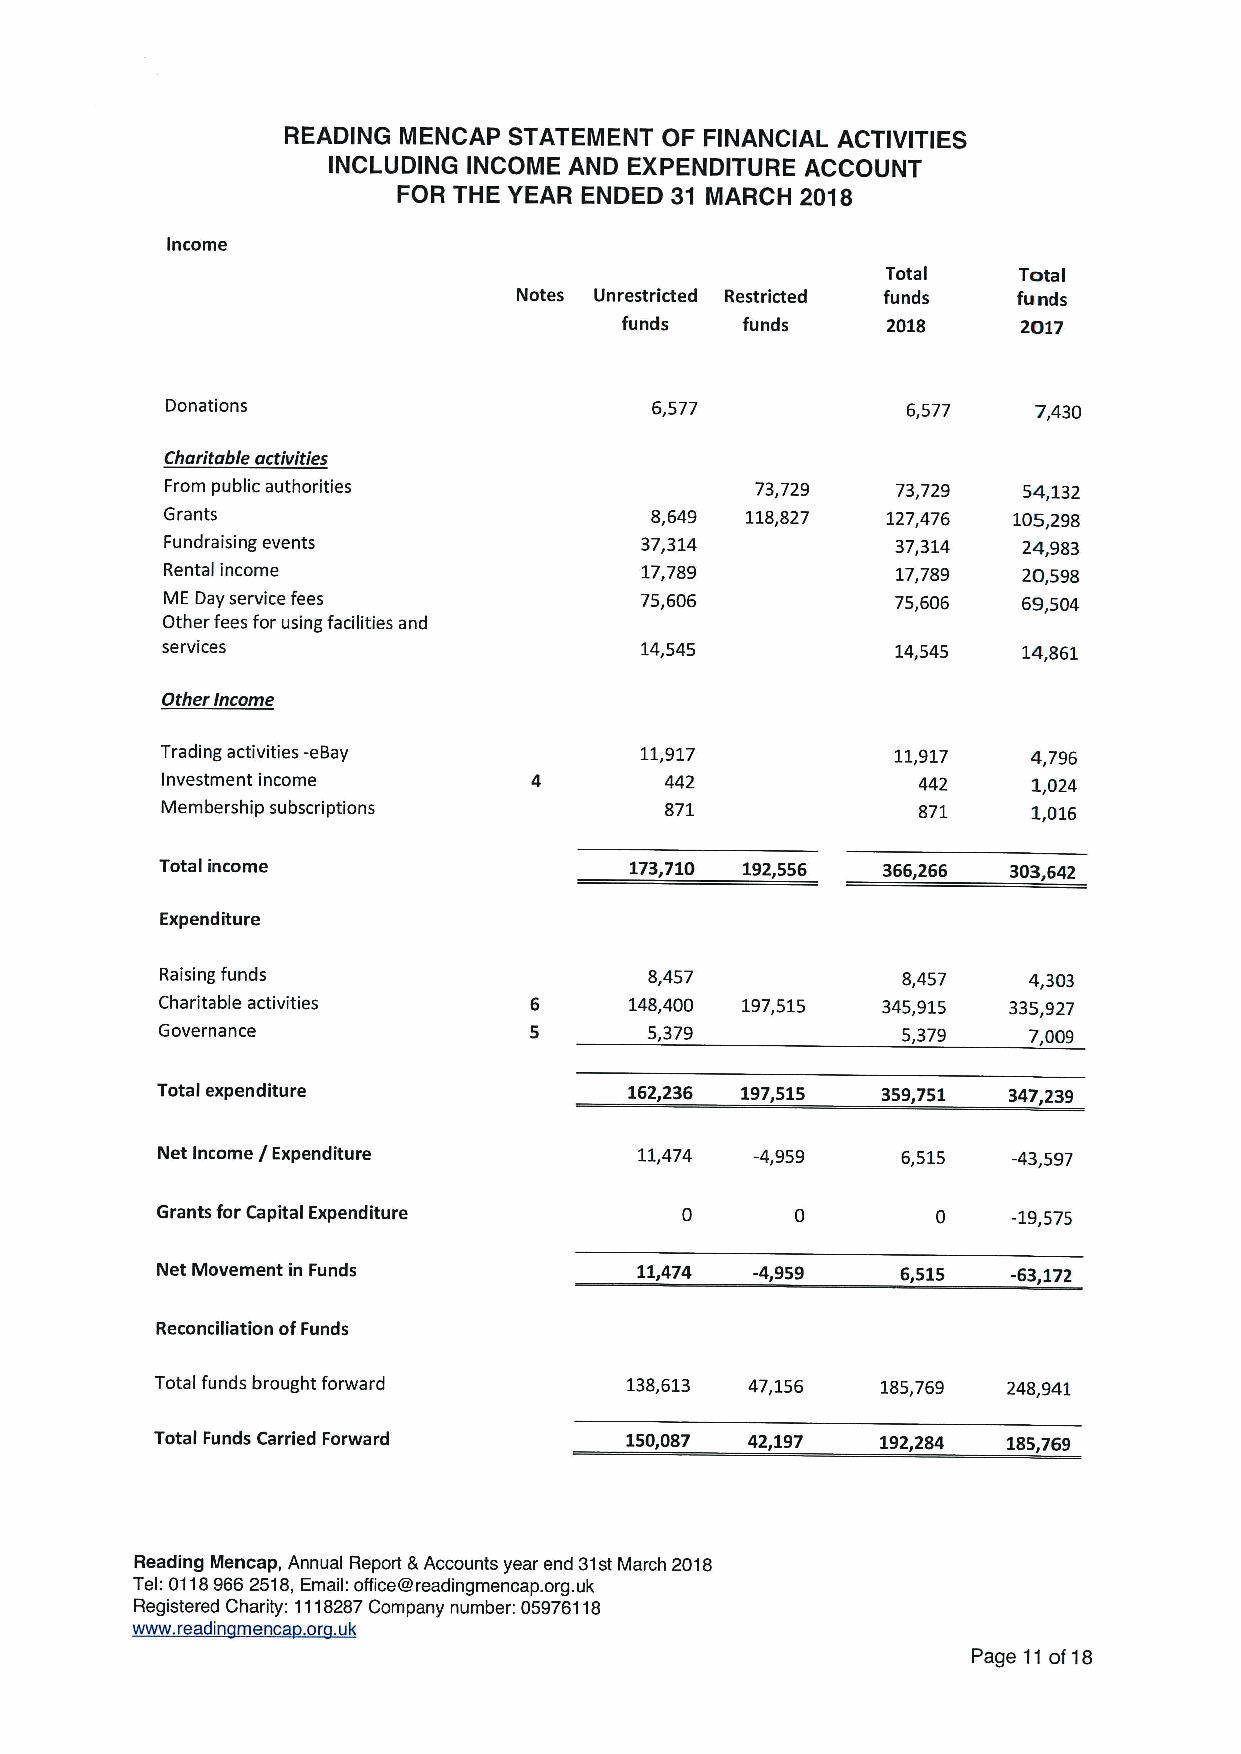
READING MENCAP STATEMENT OF FINANCIAL ACTIVITIES
 INCLUDING INCOME AND EXPENDITURE ACCOUNT
 FOR THE YEAR ENDED 31 MARCH 2018
 Income
 Total   Total
 Notes Unrestricted Restricted funds funds
 funds   funds     2018     2017
 Donations                       6,577            6,577   7,430
 Charitable activities
 From public authorities                73,729   73,729   54,132
 Grants                          8,649 118,827   127,476 105,298
 Fundraising events             37,314           37,314   24,983
 Rental income                  17,789           17,789   20,598
 ME Day service fees            75,606           75,606   69,504
 Other fees for using facilities and
 services                       14,545           14,545   14,861
 Other Income
 Trading activities -eBay       11,917           11,917   4,796
 Investment income                442              442    1,024
 Membership subscriptions         871              871    1,016
 Total income                   173,710 192,556 366,266  303,642
 Expenditure
 Raising funds                   8,457            8,457   4,303
 Charitable activities           148,400 197,515 345,915  335,927
 Governance                       5,379            5,379   7,009
 Total expenditure               162,236 197,515 359,751  347,239
 Net Income / Expenditure        11,474  -4,959    6,515  -43,597
 Grants for Capital Expenditure                      0    -19,575
 Net Movement in Funds           11,474  -4,959    6,515  -63,172
 Reconciliation ofFunds
 Total funds brought forward    138,613 47,156   185,769  248,941
 Total Funds Carried Forward    150,087 42,197   192,284  185,769
 Reading Mencap, Annual Report &Accounts year end 31stMarch 2018
 Tel:01189662518,Email: office@readingmencap. org.uk
 Registered Charity: 1118287Company number: 05976118
 www. readin menca .or .uk
 Page 11of18